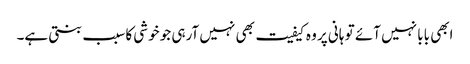
ابھی بابا نہیں آئے تو ہانی پر وہ کیفیت بھی نہیں آرہی جو خوشی کا سبب بنتی ہے۔